system: You are a helpful assistant.
user:
Analyze the provided spectrum to determine if it is a **S-type Star**.

- **Key Indicators for S-type Star:**

    - **(Overall Spectrum Shape):** The first and most obvious characteristic is the overall continuum (the "baseline" shape). It is **extremely "red-sloping,"** meaning the flux (light intensity) is very low on the left side (blue, ~4000-4500 Å) and rises steeply and continuously toward the right side (red, ~7000 Å+).

    - **(Primary):** The spectrum is defined by the presence of strong, broad molecular absorption "valleys" (bands) from **Zirconium Oxide (ZrO)**. The identification of these bands is the **primary requirement** for classifying a star as S-type.
        - **(Key Bandheads):** You must find distinct, deep "dips" where the light has been absorbed. The most critical band systems to locate are:
            - **~6474 Å** ($\gamma$-system): This is often the strongest and clearest ZrO feature, found in the red part of the spectrum.
            - **~5718 Å** & **~5551 Å** ($\beta$-system): A pair of prominent absorption features in the yellow-orange part of the spectrum.
            - **~4640 Å** ($\alpha$-system): A key absorption band system in the blue-green region of the spectrum.

    - **(Secondary Confirmation):** The classification is strengthened by finding additional absorption bands from other related heavy element oxides, which are expected to be present alongside ZrO.
        - **(Key Bandheads):**
            - **Yttrium Oxide (YO):** Look for absorption dips near **~4800 Å** and **~6100 Å**.
            - **Lanthanum Oxide (LaO):** Additional absorption features, particularly in the red-orange part of the spectrum, are also characteristic.

    - **(Line Profile):** The combination of the steep red continuum and these numerous, deep molecular bands (ZrO, YO, etc.) gives the entire spectrum a very **"chopped-up"** or **"bumpy"** appearance. Instead of a smooth curve, the spectrum looks as though large, wide chunks of light have been "carved out" of it at the specific wavelengths listed above.

Think first, call **spectral_visualization_tool** if needed to examine features in detail, then provide your final answer. Your response must adhere to the following strict rules:
1.  **Overall Structure:** Your response must follow the format `<think>...</think> <tool_call>...</tool_call> (if a tool is used) <answer>...</answer>`.
2.  **Tool Usage Constraint:** You may only make **one** tool call per turn.
3.  **Final Answer Format:** In the `<answer>` tag, your conclusion must be inside a `\boxed{}` command (e.g., `\boxed{YES}` or `\boxed{NO}`), followed by your justification.

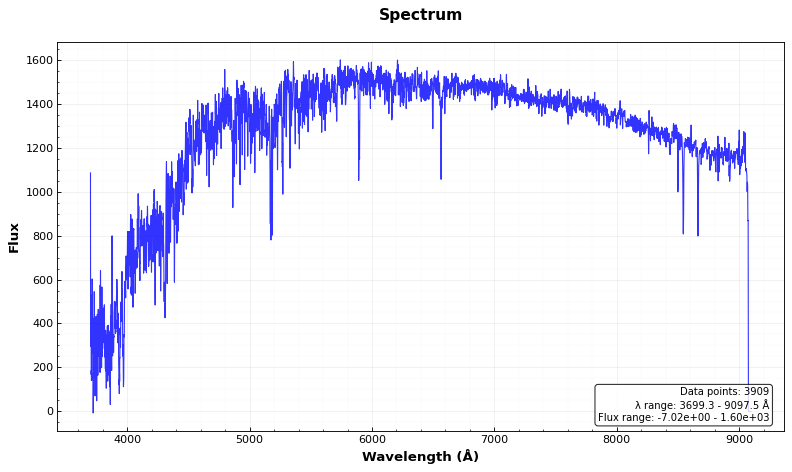
Answer: NO